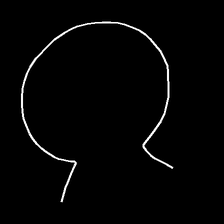
Glyph: weave